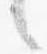
言